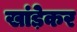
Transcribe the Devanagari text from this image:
खांड़ेकर